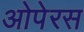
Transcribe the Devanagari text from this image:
ओपेरस